Indian journal of veterinary science and animal husbandry - Volume 10,
Year: 1940
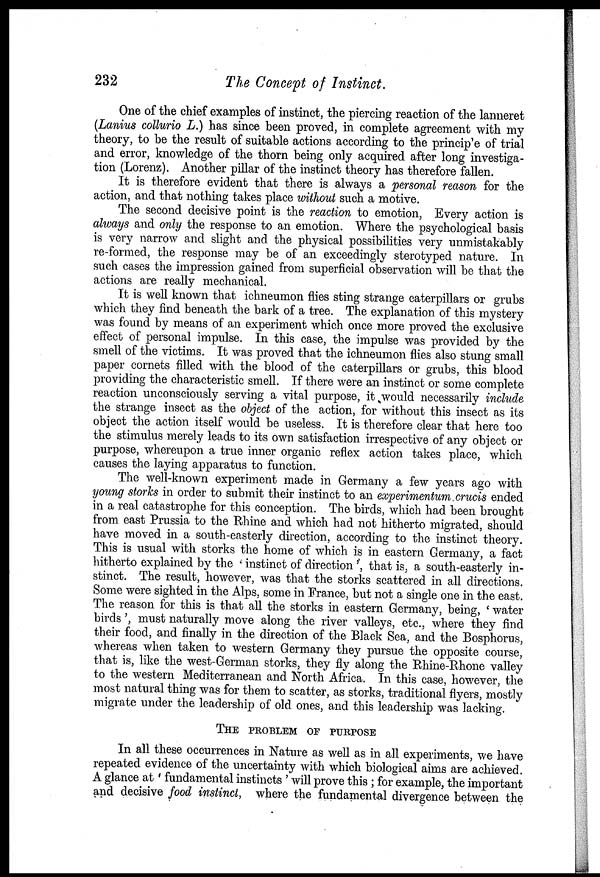
232
The Concept of Instinct.
One of the chief examples of instinct, the piercing reaction of the lanneret
(Lanius collurio L.) has since been proved, in complete agreement with my
theory, to be the result of suitable actions according to the principle of trial
and error, knowledge of the thorn being only acquired after long investiga-
tion (Lorenz). Another pillar of the instinct theory has therefore fallen.
It is therefore evident that there is always a personal reason for the
action, and that nothing takes place without such a motive.
The second decisive point is the reaction to emotion, Every action is
always and only the response to an emotion. Where the psychological basis
is very narrow and slight and the physical possibilities very unmistakably
re-formed, the response may be of an exceedingly sterotyped nature. In
such cases the impression gained from superficial observation will be that the
actions are really mechanical.
It is well known that ichneumon flies sting strange caterpillars or grubs
which they find beneath the bark of a tree. The explanation of this mystery
was found by means of an experiment which once more proved the exclusive
effect of personal impulse. In this case, the impulse was provided by the
smell of the victims. It was proved that the ichneumon flies also stung small
paper cornets filled with the blood of the caterpillars or grubs, this blood
providing the characteristic smell. If there were an instinct or some complete
reaction unconsciously serving a vital purpose, it would necessarily include
the strange insect as the object of the action, for without this insect as its
object the action itself would be useless. It is therefore clear that here too
the stimulus merely leads to its own satisfaction irrespective of any object or
purpose, whereupon a true inner organic reflex action takes place, which
causes the laying apparatus to function.
The well-known experiment made in Germany a few years ago with
young storks in order to submit their instinct to an experimentum crucis ended
in a real catastrophe for this conception. The birds, which had been brought
from east Prussia to the Rhine and which had not hitherto migrated, should
have moved in a south-easterly direction, according to the instinct theory.
This is usual with storks the home of which is in eastern Germany, a fact
hitherto explained by the ' instinct of direction ', that is, a south-easterly in-
stinct. The result, however, was that the storks scattered in all directions.
Some were sighted in the Alps, some in France, but not a single one in the east.
The reason for this is that all the storks in eastern Germany, being, ' water
birds', must naturally move along the river valleys, etc., where they find
their food, and finally in the direction of the Black Sea, and the Bosphorus,
whereas when taken to western Germany they pursue the opposite course,
that is, like the west-German storks, they fly along the Rhine-Rhone valley
to the western Mediterranean and North Africa. In this case, however, the
most natural thing was for them to scatter, as storks, traditional flyers, mostly
migrate under the leadership of old ones, and this leadership was lacking.
THE PROBLEM OF PURPOSE
In all these occurrences in Nature as well as in all experiments, we have
repeated evidence of the uncertainty with which biological aims are achieved.
A glance at' fundamental instincts ' will prove this ; for example, the important
and decisive food instinct, where the fundamental divergence between the